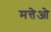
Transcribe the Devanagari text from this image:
मत्तेओ